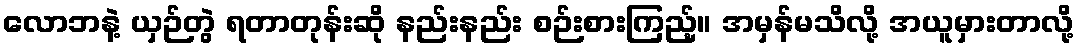
လောဘနဲ့ ယှဉ်တွဲ ရတာတုန်းဆို နည်းနည်း စဉ်းစားကြည့်။ အမှန်မသိလို့ အယူမှားတာလို့